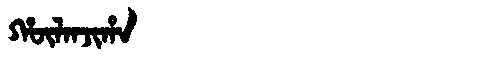
Manchu: ᡥᡡᠯᠠᠨᠵᡳᡥᠠ
Romanization: HŪLANJIHA